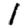
Digit: 1